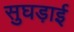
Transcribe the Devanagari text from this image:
सुघड़ाई